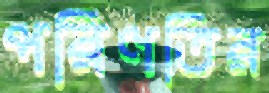
পরিণতির